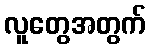
လူတွေအတွက်